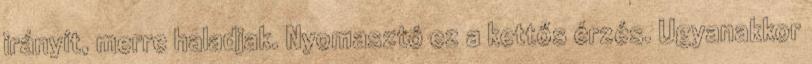
irányít, merre haladjak. Nyomasztó ez a kettős érzés. Ugyanakkor